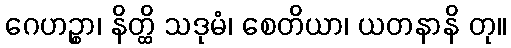
ဂေဟဉ္စာ၊ နိတ္ထိ သဒုမံ၊ စေတိယာ၊ ယတနာနိ တု။